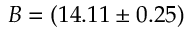
B = ( 1 4 . 1 1 \pm 0 . 2 5 )